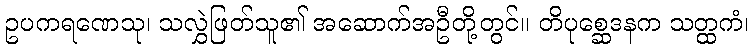
ဥပကရဏေသု၊ သလွှဲဖြတ်သူ၏ အဆောက်အဦတို့တွင်။ တိပုစ္ဆေဒနက သတ္ထကံ၊